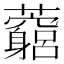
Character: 𧅓